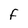
Character: F